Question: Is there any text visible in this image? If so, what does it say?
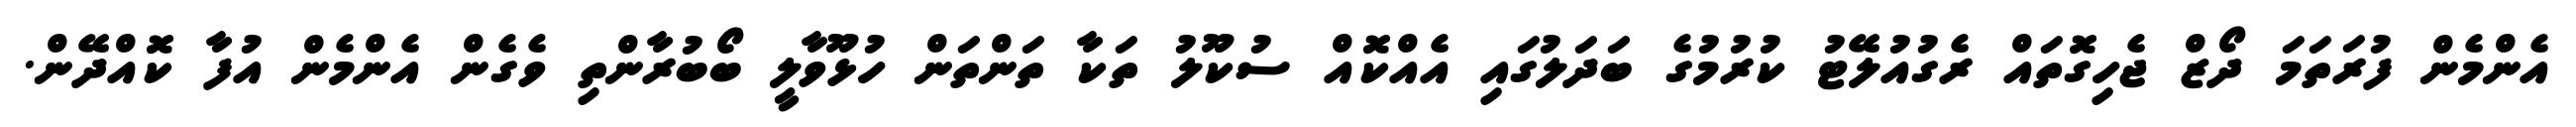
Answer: އެންމެން ފުރަތަމަ ދޯޒް ޖެހިގޮތައް ރެގުއުލޭޓު ކުރުމުގެ ބަދަލުގައި އެއްކޮއް ސުކޫލު ތަކާ ތަންތަން ހުޅޫވާލީ ބޯބުރާންތި ވެގެން އެންމެން އުފާ ކޮއްދޭން.